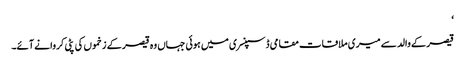
‘
قیصر کے والد سے میری ملاقات مقامی ڈسپنسری میں ہوئی جہاں وہ قیصر کے زخموں کی پٹی کروانے آئے۔